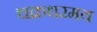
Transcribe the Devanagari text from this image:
चक्रधरमय